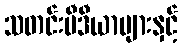
သတင်းမီဒီယာများနှင့်